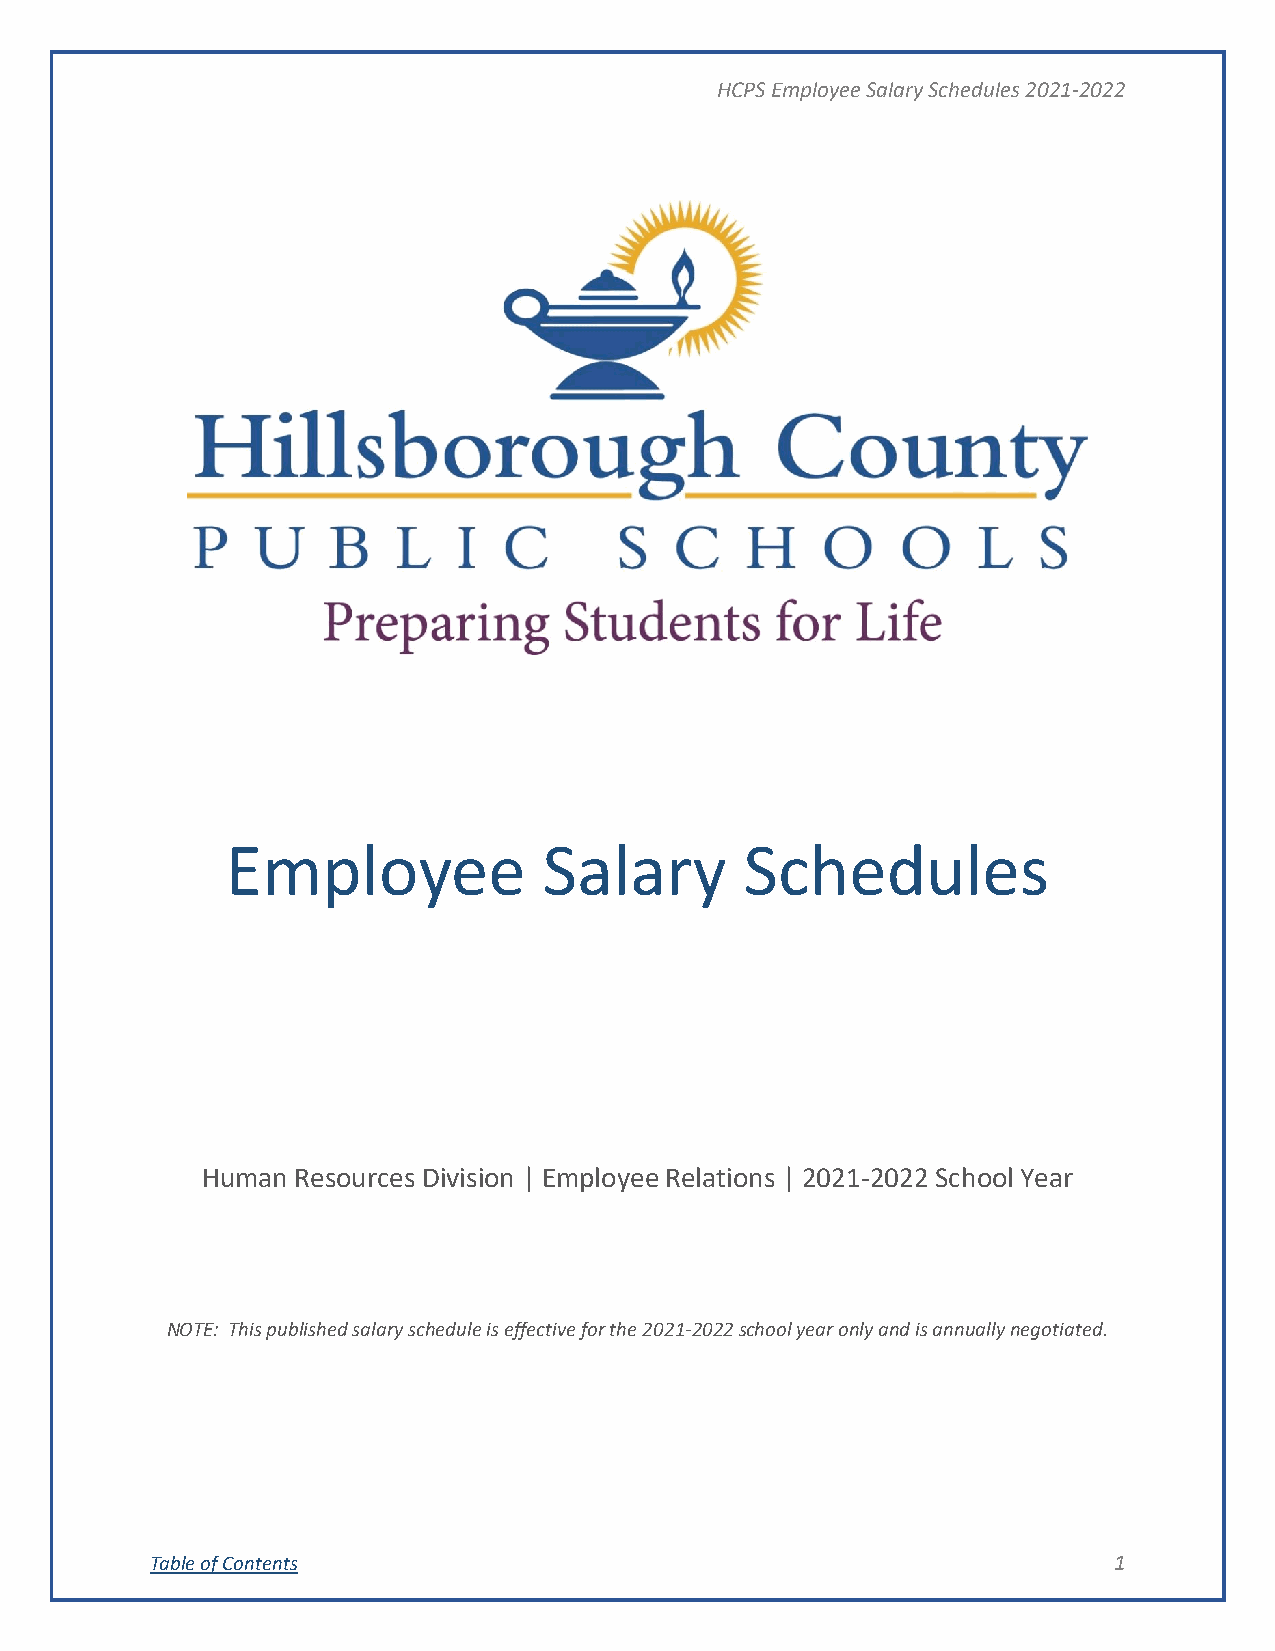
HCPS Employee Salary Schedules 2021-2022
 Employee             Salary       Schedules
 Human Resources Division | Employee Relations | 2021-2022 School Year
 NOTE: This published salary schedule is effective for the 2021-2022 school year only and is annually negotiated.
 Table of Contents                                               1